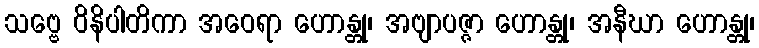
သဗ္ဗေ ဝိနိပါတိကာ အဝေရာ ဟောန္တု၊ အဗျာပဇ္ဇာ ဟောန္တု၊ အနီဃာ ဟောန္တု၊